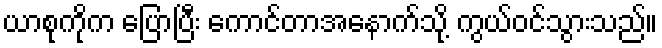
ယာစုကိုက ပြောပြီး ကောင်တာအနောက်သို့ ကွယ်ဝင်သွားသည်။